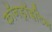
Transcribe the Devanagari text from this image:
कॉनड्रॉइटिन